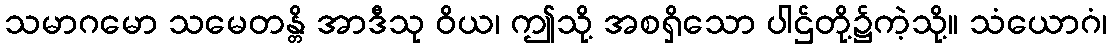
သမာဂမော သမေတန္တိ အာဒီသု ဝိယ၊ ဤသို့ အစရှိသော ပါဌ်တို့၌ကဲ့သို့။ သံယောဂံ၊